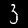
Label: 3